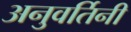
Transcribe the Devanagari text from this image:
अनुवर्तिनी